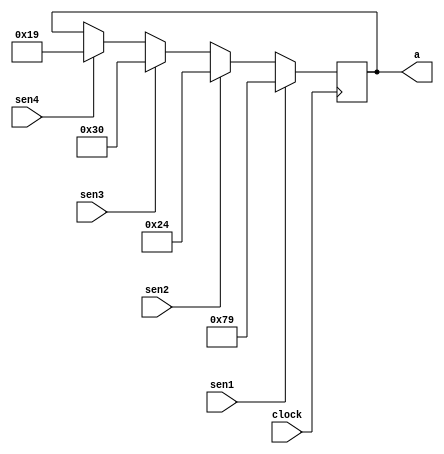
module mostra_andar(
	input sen1, sen2, sen3, sen4, clock,
	output reg[6:0] a
);

always@(posedge clock)
	begin
		if(sen1) a <= 7'b1111001;
		else if(sen2) a <= 7'b0100100;
		else if(sen3) a <= 7'b0110000;
		else if(sen4) a <= 7'b0011001;
	end
endmodule